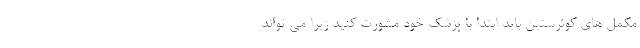
مکمل های کوئرستین باید ابتدا با پزشک خود مشورت کنید زیرا می تواند